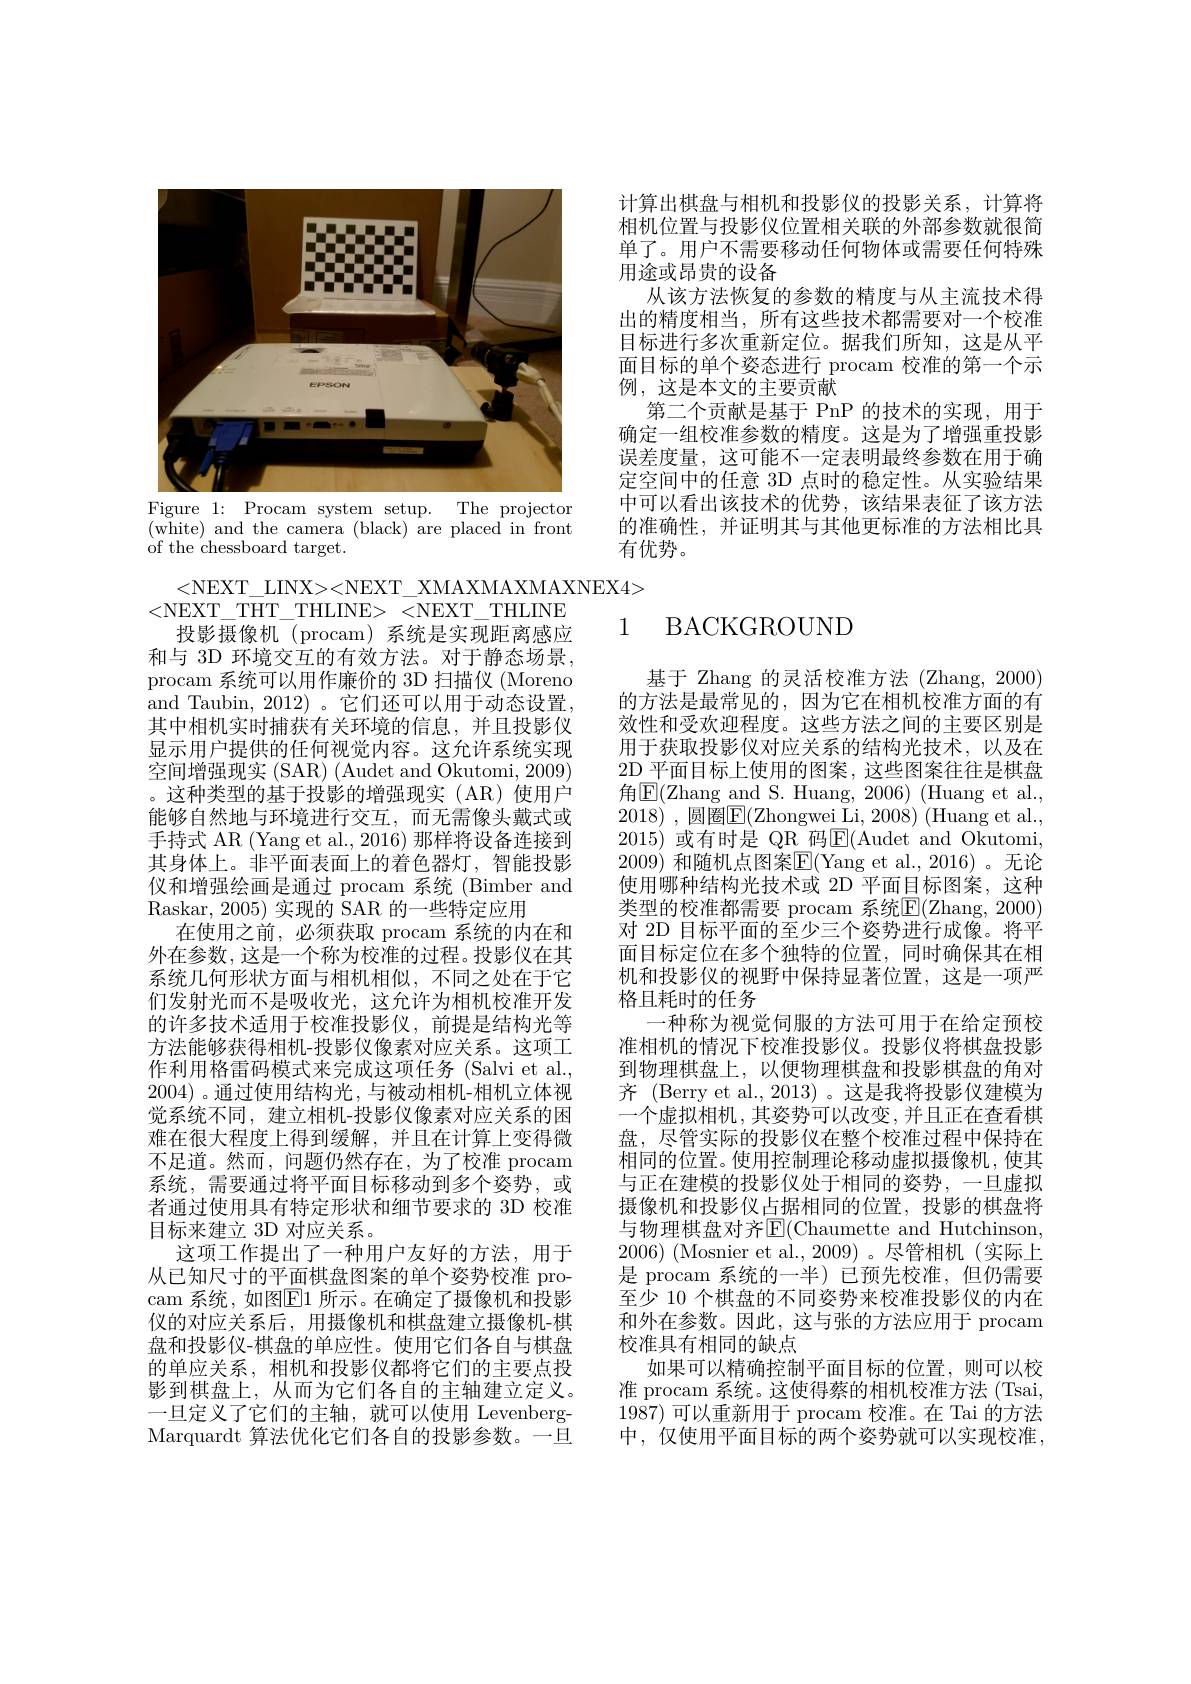
计算出棋盘与相机和投影仪的投影关系，计算将相机位置与投影仪位置相关联的外部参数就很简单了。用户不需要移动任何物体或需要任何特殊用途或昂贵的设备
从该方法恢复的参数的精度与从主流技术得出的精度相当，所有这些技术都需要对一个校准目标进行多次重新定位。据我们所知，这是从平面目标的单个姿态进行 procam 校准的第一个示例，这是本文的主要贡献
第二个贡献是基于 PnP 的技术的实现，用于确定一组校准参数的精度。这是为了增强重投影误差度量，这可能不一定表明最终参数在用于确定空间中的任意 3D 点时的稳定性。从实验结果中可以看出该技术的优势，该结果表征了该方法的准确性，并证明其与其他更标准的方法相比具有优势。

<FigureHere>
Figure 1: Procam system setup. The projector

( white) and the camera ( black) are placed in front
${\text{of the chessboard target.}}$

<NEXT\_LINX><NEXT\_XMAXMAXMAXNEX4>
<NEXT\_THT\_THLINE><NEXT\_THLINE
投影摄像机(procam)系统是实现距离感应和与 3D 环境交互的有效方法。对于静态场景， procam 系统可以用作廉价的 3D 扫描仪 (Moreno and Taubin, 2012)。它们还可以用于动态设置， 其中相机实时捕获有关环境的信息，并且投影仪显示用户提供的任何视觉内容。这允许系统实现空间增强现实 (SAR) (Audet and Okutomi, 2009) 。这种类型的基于投影的增强现实(AR)使用户能够自然地与环境进行交互，而无需像头戴式或手持式 AR (Yang et al., 2016) 那样将设备连接到其身体上。非平面表面上的着色器灯，智能投影仪和增强绘画是通过 procam 系统 (Bimber and Raskar, 2005) 实现的 SAR 的一些特定应用
在使用之前，必须获取 procam 系统的内在和外在参数，这是一个称为校准的过程。投影仪在其系统几何形状方面与相机相似，不同之处在于它们发射光而不是吸收光，这允许为相机校准开发的许多技术适用于校准投影仪，前提是结构光等方法能够获得相机-投影仪像素对应关系。这项工作利用格雷码模式来完成这项任务 (Salvi et al., 2004)。通过使用结构光，与被动相机-相机立体视觉系统不同，建立相机-投影仪像素对应关系的困难在很大程度上得到缓解，并且在计算上变得微不足道。然而，问题仍然存在，为了校准 procam 系统，需要通过将平面目标移动到多个姿势，或者通过使用具有特定形状和细节要求的 3D 校准目标来建立 3D 对应关系。
这项工作提出了一种用户友好的方法，用于从已知尺寸的平面棋盘图案的单个姿势校准 procam 系统，如图$\boxed{\mathrm{E}}1$ 所示。在确定了摄像机和投影仪的对应关系后，用摄像机和棋盘建立摄像机-棋盘和投影仪-棋盘的单应性。使用它们各自与棋盘的单应关系，相机和投影仪都将它们的主要点投影到棋盘上，从而为它们各自的主轴建立定义。一旦定义了它们的主轴，就可以使用 LevenbergMarquardt 算法优化它们各自的投影参数。一旦

### 1 BACKGROUND

基于 Zhang 的灵活校准方法 (Zhang, 2000) 的方法是最常见的，因为它在相机校准方面的有效性和受欢迎程度。这些方法之间的主要区别是用于获取投影仪对应关系的结构光技术，以及在2D 平面目标上使用的图案，这些图案往往是棋盘角$\boxed{\mathrm{E}}($Zhang and S. Huang, 2006) (Huang et al., 2018) ,圆圈$\boxed{\mathrm{E}}($Zhongwei Li, 2008) (Huang et al., 2015) 或有时是 QR 码E(Audet and Okutomi, 2009) 和随机点图案$\mathbb{E}($Yang et al.,2016)。无论使用哪种结构光技术或 2D 平面目标图案，这种类型的校准都需要 procam 系统$\mathbb{E}(\mathbb{Z}$hang, 2000) 对 2D 目标平面的至少三个姿势进行成像。将平面目标定位在多个独特的位置，同时确保其在相机和投影仪的视野中保持显著位置，这是一项严格且耗时的任务
一种称为视觉伺服的方法可用于在给定预校准相机的情况下校准投影仪。投影仪将棋盘投影到物理棋盘上，以便物理棋盘和投影棋盘的角对齐 (Berry et al.,2013)。这是我将投影仪建模为一个虚拟相机，其姿势可以改变，并且正在查看棋盘，尽管实际的投影仪在整个校准过程中保持在相同的位置。使用控制理论移动虚拟摄像机，使其与正在建模的投影仪处于相同的姿势，一旦虚拟摄像机和投影仪占据相同的位置，投影的棋盘将与物理棋盘对齐E$( Chaumette and Hutchinson$, $2006) \allowbreak ( {\mathrm{mod}} $Mosnier et al. , 2009) 。尽 管 相 机 ( 实 际 上 ) 是 procam 系统的一半)已预先校准，但仍需要至少 10 个棋盘的不同姿势来校准投影仪的内在和外在参数。因此，这与张的方法应用于 procam 校准具有相同的缺点
如果可以精确控制平面目标的位置，则可以校准 procam 系统。这使得蔡的相机校准方法 (Tsai, 1987)可以重新用于 procam 校准。在 Tai 的方法中，仅使用平面目标的两个姿势就可以实现校准